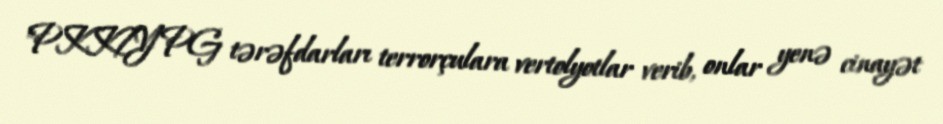
"PKK/YPG tərəfdarları terrorçulara vertolyotlar verib, onlar yenə cinayət